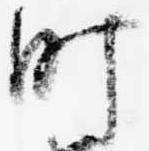
町